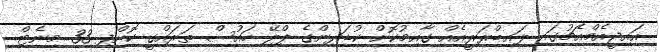
އައިޖީއެމްއެޗުގައި ލައިބްރަރީއެއް ގާއިމުކޮށް ކުޑަދިންގެ ޕްލޭ ހައުސް ތަރައްގީ ކޮށްފި 33 މިނެޓް